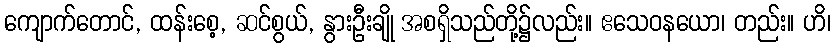
ကျောက်တောင်, ထန်းစေ့, ဆင်စွယ်, နွားဦးချို အစရှိသည်တို့၌လည်း။ ဧသေဝနယော၊ တည်း။ ဟိ၊